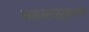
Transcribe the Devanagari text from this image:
महालातूनच